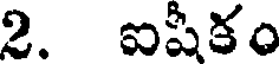
2. ఐషీకం